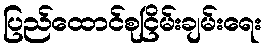
ပြည်ထောင်စုငြိမ်းချမ်းရေး